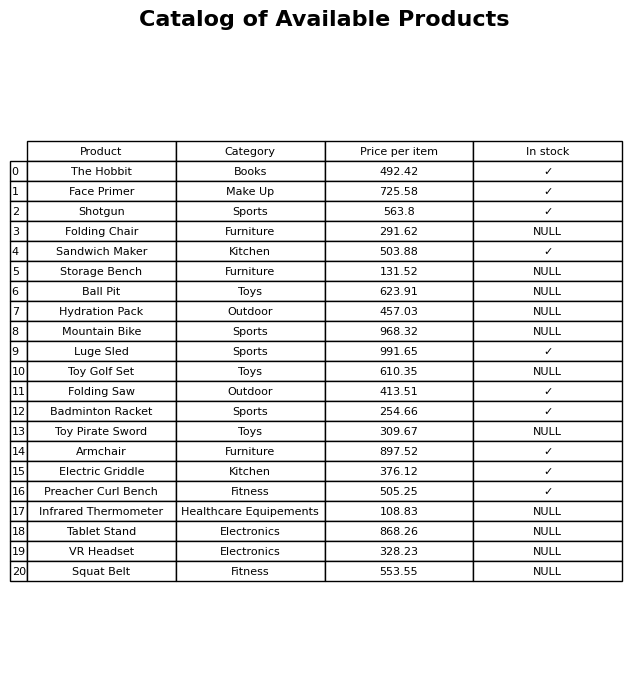
question: What is the price for Folding Chair?
answer: The price of Folding Chair is 291.62.